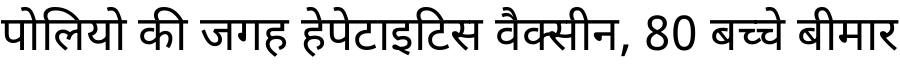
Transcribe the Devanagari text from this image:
पोलियो की जगह हेपेटाइटिस वैक्सीन, 80 बच्चे बीमार